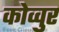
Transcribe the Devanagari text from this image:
कोव्वुर